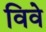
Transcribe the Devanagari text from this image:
विवे